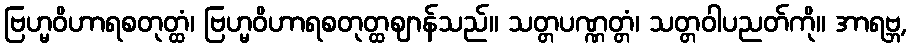
ဗြဟ္မဝိဟာရစတုတ္ထံ၊ ဗြဟ္မဝိဟာရစတုတ္ထဈာန်သည်။ သတ္တပဏ္ဏတ္တံ၊ သတ္တဝါပညတ်ကို။ အာရဗ္ဘ,